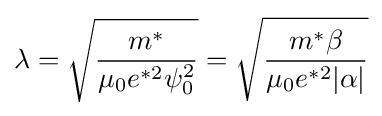
\lambda ={\sqrt {\frac {m^{*}}{\mu _{0}e^{*2}\psi _{0}^{2}}}}={\sqrt {\frac {m^{*}\beta }{\mu _{0}e^{*2}|\alpha |}}}